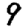
Digit: 9